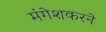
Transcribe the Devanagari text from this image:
मंगेशकरने